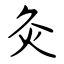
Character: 灸